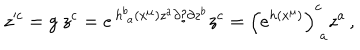
z ^ { \prime c } = g ~ z ^ { c } = e ^ { \, h _ { ~ a } ^ { b } ( x ^ { \mu } ) z ^ { a } \partial / \partial z ^ { b } } z ^ { c } = \left( e ^ { h ( x ^ { \mu } ) } \right) _ { ~ a } ^ { c } z ^ { a } \, ,